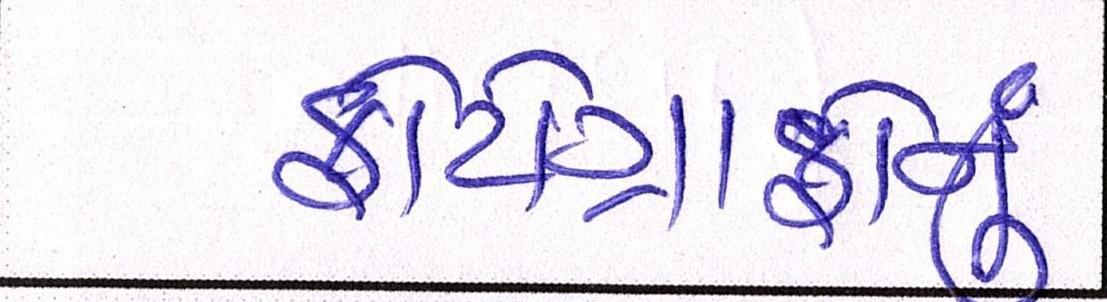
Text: ફોટોગ્રાફોનું